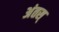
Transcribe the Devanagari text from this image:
अंतस्